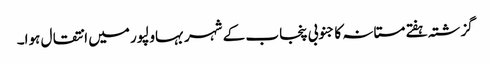
گزشتہ ہفتے مستانہ کا جنوبی پنجاب کے شہر بہاولپور میں انتقال ہوا۔